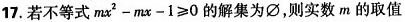
17.若不等式 $$m x ^ { 2 } - m x - 1 ≥ 0$$ 的解集为∅，则实数m的取值